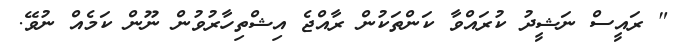
" ރައީސް ނަޝީދު ކުރައްވާ ކަންތަކުން ރާއްޖެ އިޝްތިހާރުވުން ނޫން ކަމެއް ނުވޭ.